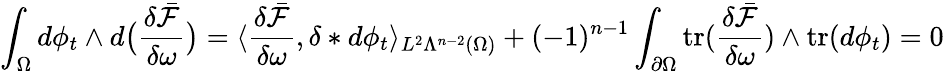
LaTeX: \int_{\Omega}d\phi_{t}\wedge d\big(\frac{\delta\bar{\mathcal{F}}}{\delta\omega}\big)=\langle\frac{\delta\bar{\mathcal{F}}}{\delta\omega},\delta\ast d\phi_{t}\rangle_{L^{2}\Lambda^{n-2}(\Omega)}+(-1)^{n-1}\int_{\partial\Omega}\mathrm{tr}(\frac{\delta\bar{\mathcal{F}}}{\delta\omega})\wedge\mathrm{tr}(d\phi_{t})=0